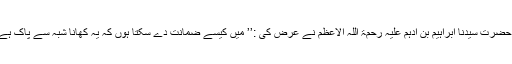
‘‘ حضرت سیدنا ابراہیم بن ادہم علیہ رحمۃ اللہ الاعظم نے عرض کی :’’ میں کیسے ضمانت دے سکتا ہوں کہ یہ کھانا شبہ سے پاک ہے ؟